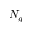
N _ { g }